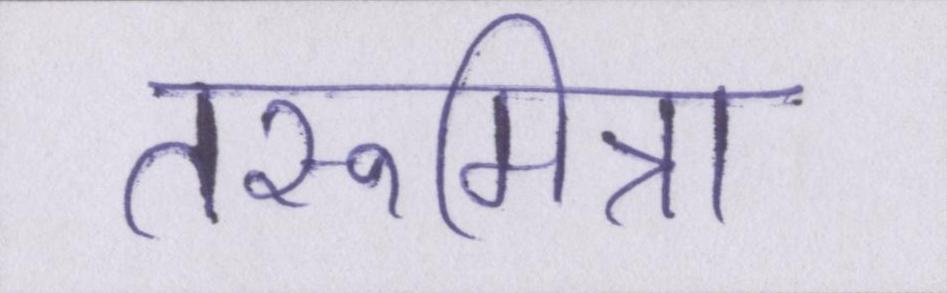
तरूमित्रा